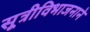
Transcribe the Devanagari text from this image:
सूत्रीविभाजनाने